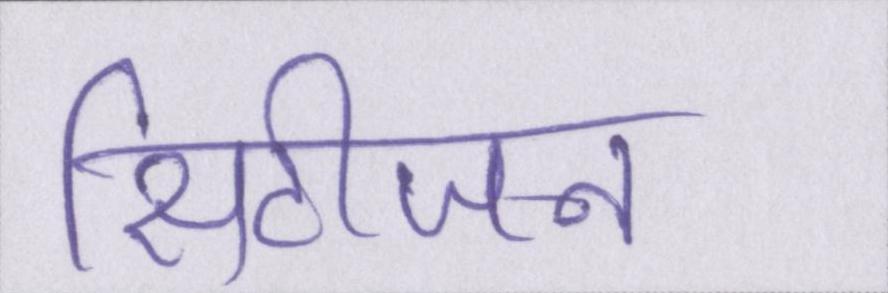
सिटीजन